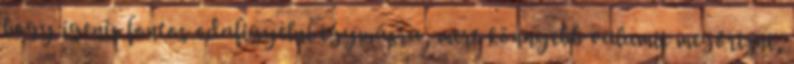
hogy igenis fontos odafigyelni egymásra, mert könnyebb valamit megőrizni,